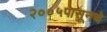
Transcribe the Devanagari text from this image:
२००५पासूनचे